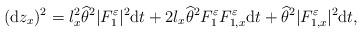
LaTeX: \begin{align*}({\rm d}z_x)^2=l_x^2\widehat\theta^2|F^\varepsilon_1|^2{\rm d}t+2l_x\widehat\theta^2F^\varepsilon_1F^\varepsilon_{1,x}{\rm d}t+\widehat\theta^2|F^\varepsilon_{1,x}|^2{\rm d}t,\end{align*}